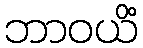
ဘာဝယိံ